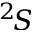
^ 2 \! S